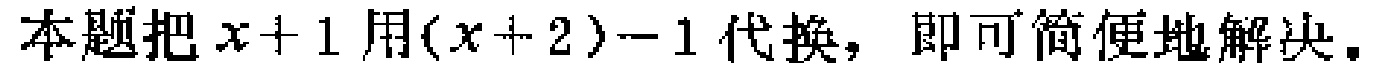
本题把\(x + 1\)用\((x + 2)-1\)代换，即可简便地解决。